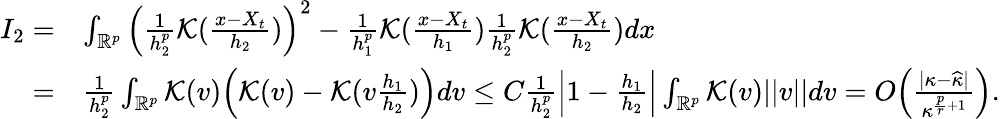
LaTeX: \begin{array}{rl}{I_{2}=}&{\int_{\mathbb{R}^{p}}\Big(\frac{1}{h_{2}^{p}}\mathcal{K}(\frac{x-X_{t}}{h_{2}})\Big)^{2}-\frac{1}{h_{1}^{p}}\mathcal{K}(\frac{x-X_{t}}{h_{1}})\frac{1}{h_{2}^{p}}\mathcal{K}(\frac{x-X_{t}}{h_{2}})dx}\\ {=}&{\frac{1}{h_{2}^{p}}\int_{\mathbb{R}^{p}}\mathcal{K}(v)\Big(\mathcal{K}(v)-\mathcal{K}(v\frac{h_{1}}{h_{2}})\Big)dv\le C\frac{1}{h_{2}^{p}}\Big|1-\frac{h_{1}}{h_{2}}\Big|\int_{\mathbb{R}^{p}}\mathcal{K}(v)\vert\vert v\vert\vert dv=O\Big(\frac{\vert\kappa-\widehat{\kappa}\vert}{\kappa^{\frac{p}{r}+1}}\Big).}\end{array}